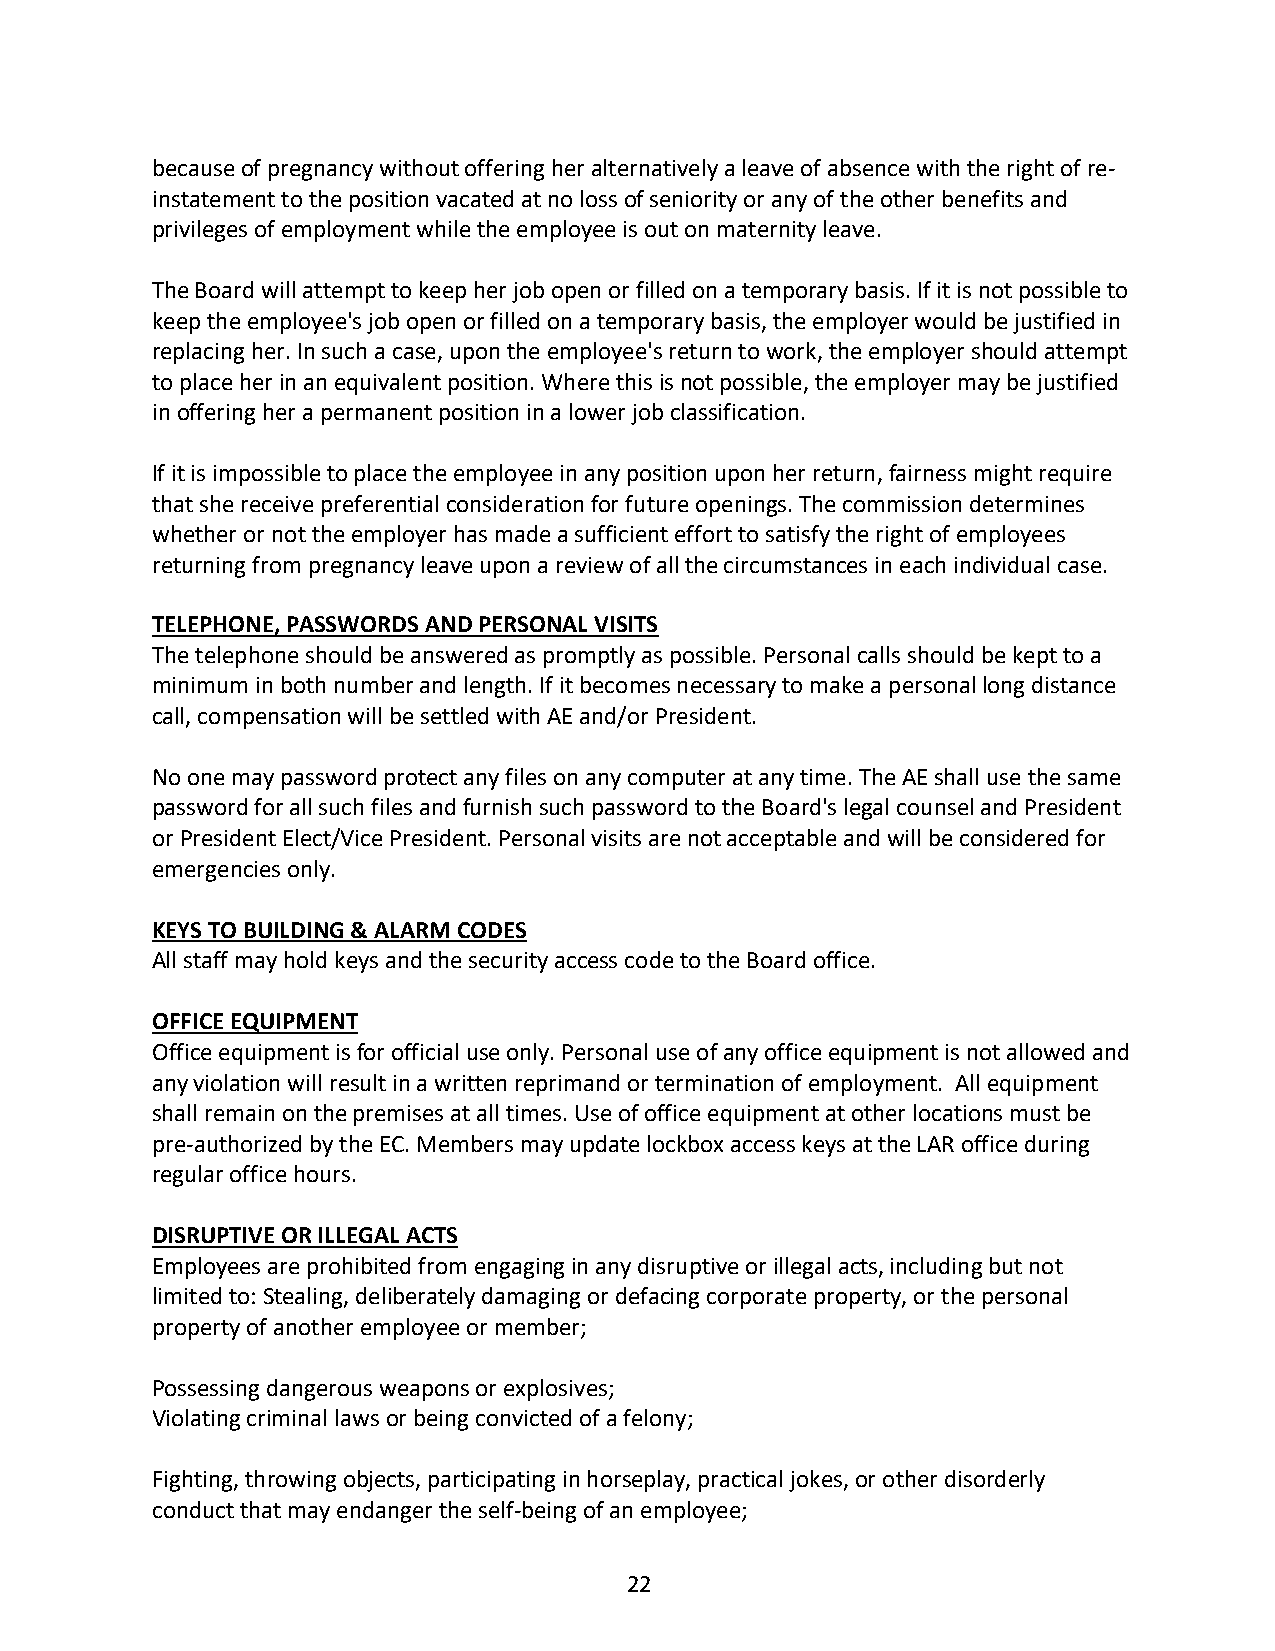
because of pregnancy without offering her alternatively a leave of absence with the right of re-
 instatement to the position vacated at no loss of seniority or any of the other benefits and
 privileges of employment while the employee is out on maternity leave.
 The Board will attempt to keep her job open or filled on a temporary basis. If it is not possible to
 keep the employee's job open or filled on a temporary basis, the employer would be justified in
 replacing her. In such a case, upon the employee's return to work, the employer should attempt
 to place her in an equivalent position. Where this is not possible, the employer may be justified
 in offering her a permanent position in a lower job classification.
 If it is impossible to place the employee in any position upon her return, fairness might require
 that she receive preferential consideration for future openings. The commission determines
 whether or not the employer has made a sufficient effort to satisfy the right of employees
 returning from pregnancy leave upon a review of all the circumstances in each individual case.
 TELEPHONE, PASSWORDS AND PERSONAL VISITS
 The telephone should be answered as promptly as possible. Personal calls should be kept to a
 minimum in both number and length. If it becomes necessary to make a personal long distance
 call, compensation will be settled with AE and/or President.
 No one may password protect any files on any computer at any time. The AE shall use the same
 password for all such files and furnish such password to the Board's legal counsel and President
 or President Elect/Vice President. Personal visits are not acceptable and will be considered for
 emergencies only.
 KEYS TO BUILDING & ALARM CODES
 All staff may hold keys and the security access code to the Board office.
 OFFICE EQUIPMENT
 Office equipment is for official use only. Personal use of any office equipment is not allowed and
 any violation will result in a written reprimand or termination of employment. All equipment
 shall remain on the premises at all times. Use of office equipment at other locations must be
 pre-authorized by the EC. Members may update lockbox access keys at the LAR office during
 regular office hours.
 DISRUPTIVE OR ILLEGAL ACTS
 Employees are prohibited from engaging in any disruptive or illegal acts, including but not
 limited to: Stealing, deliberately damaging or defacing corporate property, or the personal
 property of another employee or member;
 Possessing dangerous weapons or explosives;
 Violating criminal laws or being convicted of a felony;
 Fighting, throwing objects, participating in horseplay, practical jokes, or other disorderly
 conduct that may endanger the self-being of an employee;
 22